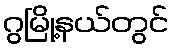
ဂွမြို့နယ်တွင်